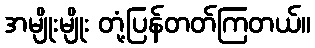
အမျိုးမျိုး တုံ့ပြန်တတ်ကြတယ်။